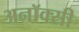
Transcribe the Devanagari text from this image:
अनॉक्सी